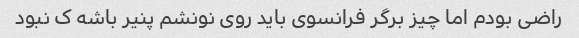
راضی بودم اما چیز برگر فرانسوی باید روی نونشم پنیر باشه ک نبود